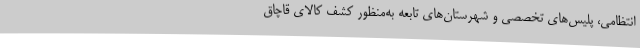
انتظامی، پلیس‌های تخصصی و شهرستان‌های تابعه به‌منظور کشف کالای قاچاق